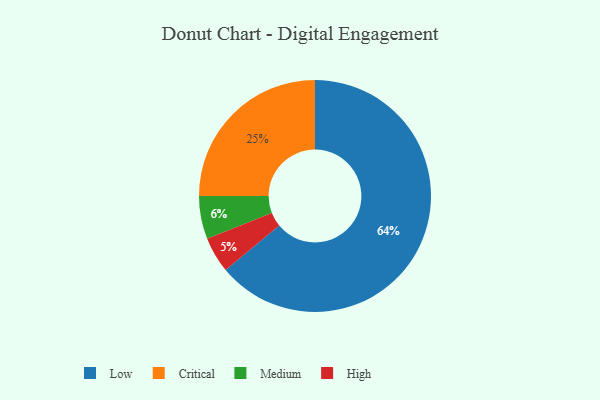
{"axis": {"x": "Category", "y": "Percentage"}, "legend": ["Critical", "High", "Low", "Medium"], "data": [{"x": "Low", "y": 64, "type": "Low"}, {"x": "Critical", "y": 25, "type": "Critical"}, {"x": "Medium", "y": 6, "type": "Medium"}, {"x": "High", "y": 5, "type": "High"}]}